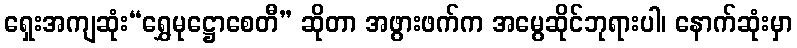
ရှေးအကျဆုံး“ရွှေမုဋ္ဌောစေတီ” ဆိုတာ အဖွားဖက်က အမွေဆိုင်ဘုရားပါ၊ နောက်ဆုံးမှာ